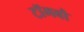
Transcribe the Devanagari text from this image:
टॉमबौ